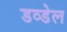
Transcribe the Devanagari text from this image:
डव्डेल